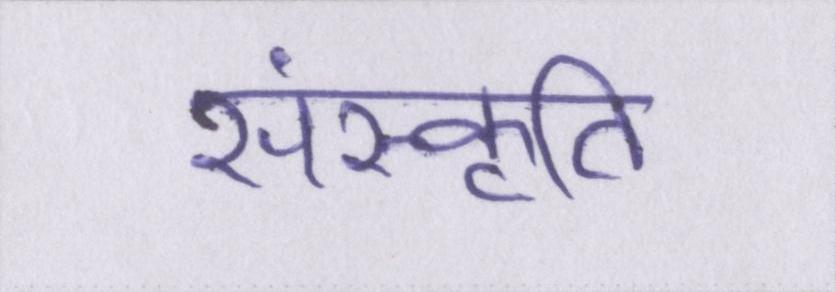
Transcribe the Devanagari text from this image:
संस्कृति